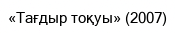
«Тағдыр тоқуы» (2007)